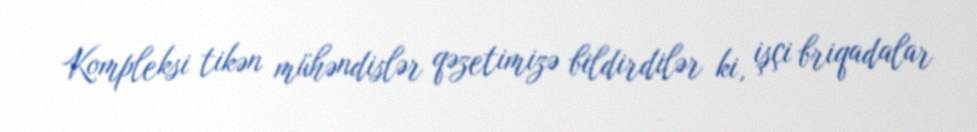
Kompleksi tikən mühəndislər qəzetimizə bildirdilər ki, işçi briqadalar